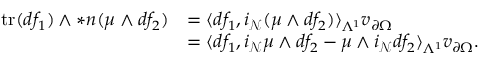
\begin{array} { r l } { \mathrm { t r } ( d f _ { 1 } ) \wedge \ast \boldsymbol { n } ( \mu \wedge d f _ { 2 } ) } & { = \langle d f _ { 1 } , i _ { \mathcal { N } } ( \mu \wedge d f _ { 2 } ) \rangle _ { \Lambda ^ { 1 } } v _ { \partial \Omega } } \\ & { = \langle d f _ { 1 } , i _ { \mathcal { N } } \mu \wedge d f _ { 2 } - \mu \wedge i _ { \mathcal { N } } d f _ { 2 } \rangle _ { \Lambda ^ { 1 } } v _ { \partial \Omega } . } \end{array}